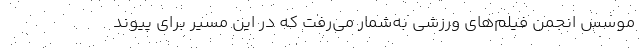
موسس انجمن فیلم‌های ورزشی به‌شمار می‌رفت که در این مسیر برای پیوند